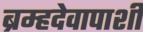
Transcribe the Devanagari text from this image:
ब्रम्हदेवापाशी